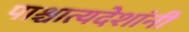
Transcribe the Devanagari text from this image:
पाश्चात्यदेशांनी